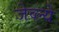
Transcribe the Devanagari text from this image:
जेव्ल्ये